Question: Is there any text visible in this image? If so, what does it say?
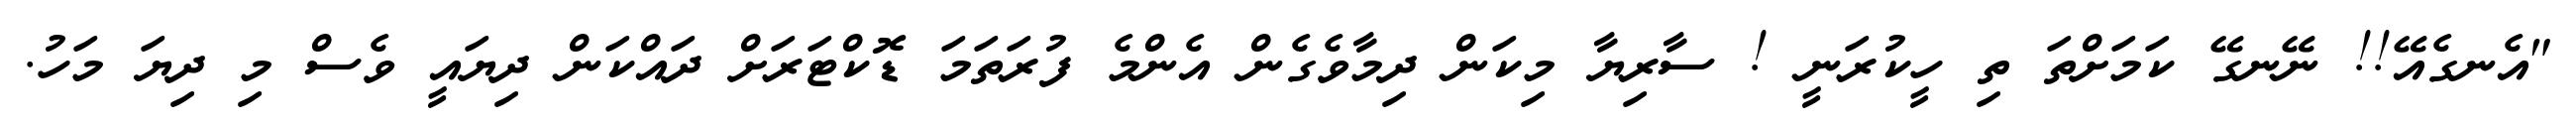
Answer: "އެނގެއޭ!! ނޭނގޭ ކަމަށްތަ ތި ހީކުރަނީ ! ސާރިޔާ މިކަން ދިމާވެގެން އެންމެ ފުރަތަމަ ޑޮކްޓަރަށް ދައްކަން ދިޔައީ ވެސް މި ދިޔަ މަހު.